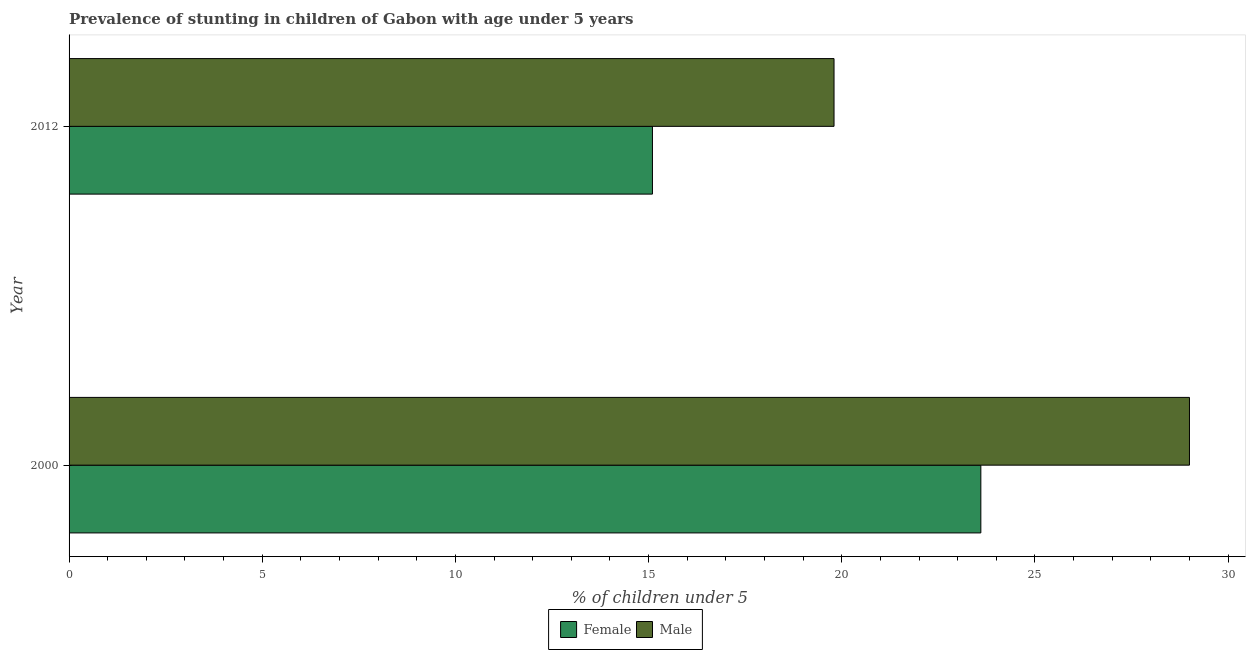
| Year | Female | Male |
 | --- | --- | --- |
 | 2000 | 23.6 | 29 |
 | 2012 | 15.1 | 19.8 |